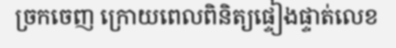
ច្រកចេញ ក្រោយពេលពិនិត្យផ្ទៀងផ្ទាត់លេខ